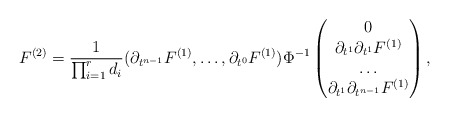
\begin{align*} F^{(2)}=\frac{1}{\prod_{i=1}^r d_i} (\partial_{t^{n-1}}F^{(1)},\dots,\partial_{t^{0}}F^{(1)}) \Phi^{-1} \begin{pmatrix} 0\\ \partial_{t^1}\partial_{t^1} F^{(1)} \\ \dots \\ \partial_{t^1}\partial_{t^{n-1}} F^{(1)} \end{pmatrix},\end{align*}